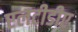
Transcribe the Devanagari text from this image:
एलटीडीए